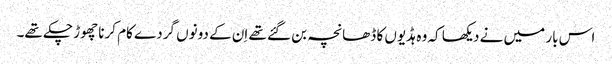
اس بار میں نے دیکھا کہ وہ ہڈیوں کا ڈھانچہ بن گئے تھے اِن کے دونوں گردے کام کرنا چھوڑ چکے تھے۔